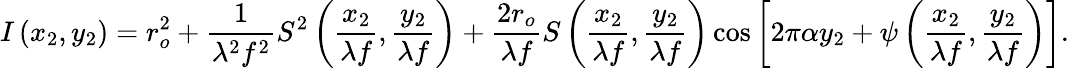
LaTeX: I\left(x_{2},y_{2}\right)=r_{o}^{2}+{\frac{1}{\lambda^{2}f^{2}}}S^{2}\left({\frac{x_{2}}{\lambda f}},{\frac{y_{2}}{\lambda f}}\right)+{\frac{2r_{o}}{\lambda f}}S\left({\frac{x_{2}}{\lambda f}},{\frac{y_{2}}{\lambda f}}\right)\cos\left[2\pi\alpha y_{2}+\psi\left({\frac{x_{2}}{\lambda f}},{\frac{y_{2}}{\lambda f}}\right)\right].